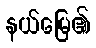
နယ်မြေ၏